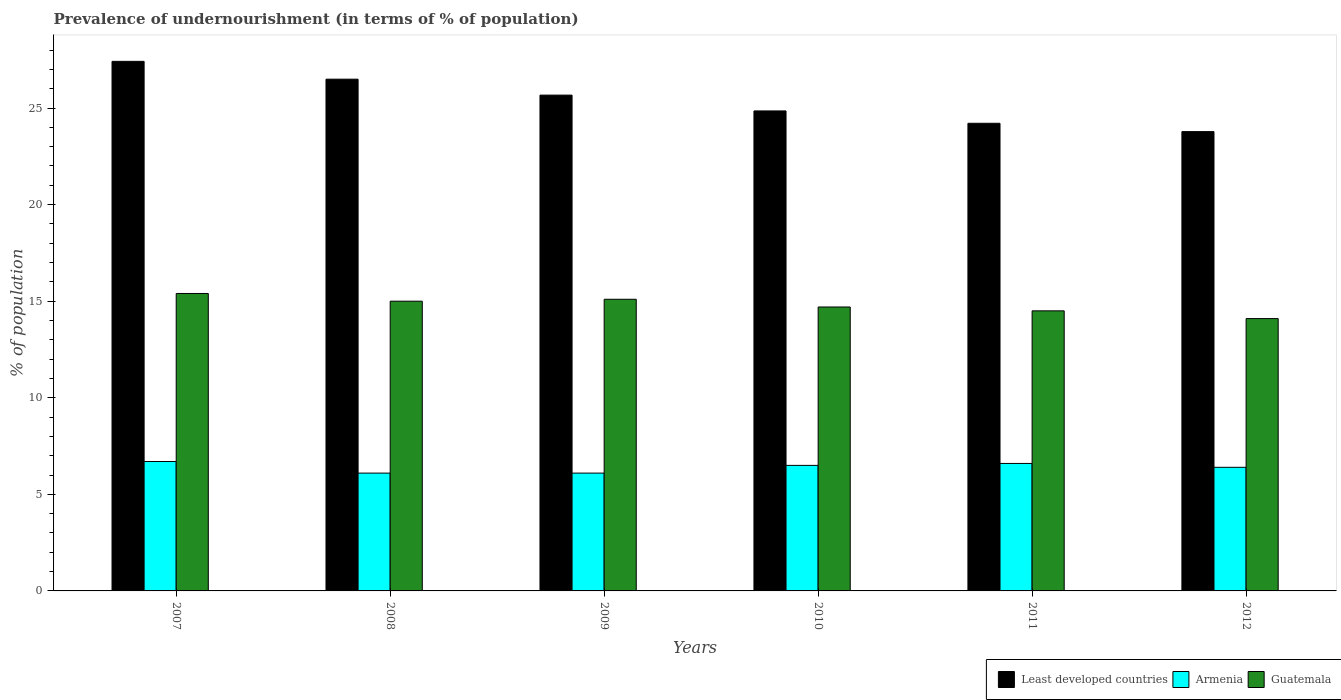
| Years | Least developed countries | Armenia | Guatemala |
 | --- | --- | --- | --- |
 | 2007 | 27.4 | 6.7 | 15.4 |
 | 2008 | 26.5 | 6.1 | 15 |
 | 2009 | 25.7 | 6.1 | 15.1 |
 | 2010 | 24.9 | 6.5 | 14.7 |
 | 2011 | 24.2 | 6.6 | 14.5 |
 | 2012 | 23.8 | 6.4 | 14.1 |